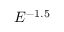
E ^ { - 1 . 5 }